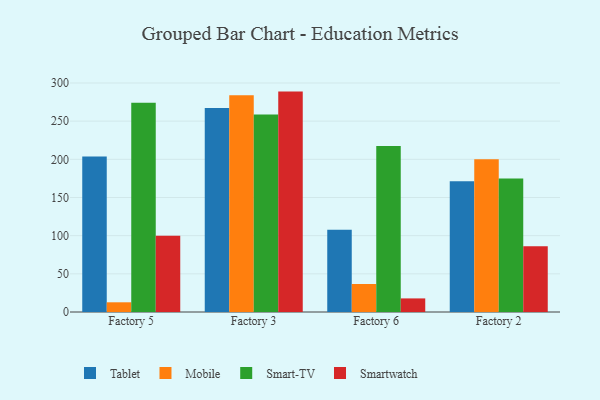
{"axis": {"x": "Factory", "y": "Shipments"}, "legend": ["Mobile", "Smart-TV", "Smartwatch", "Tablet"], "data": [{"x": "Factory 5", "y": 203.8, "type": "Tablet"}, {"x": "Factory 5", "y": 12.7, "type": "Mobile"}, {"x": "Factory 5", "y": 274.0, "type": "Smart-TV"}, {"x": "Factory 5", "y": 99.9, "type": "Smartwatch"}, {"x": "Factory 3", "y": 267.1, "type": "Tablet"}, {"x": "Factory 3", "y": 283.9, "type": "Mobile"}, {"x": "Factory 3", "y": 258.6, "type": "Smart-TV"}, {"x": "Factory 3", "y": 288.7, "type": "Smartwatch"}, {"x": "Factory 6", "y": 107.6, "type": "Tablet"}, {"x": "Factory 6", "y": 36.7, "type": "Mobile"}, {"x": "Factory 6", "y": 217.5, "type": "Smart-TV"}, {"x": "Factory 6", "y": 17.8, "type": "Smartwatch"}, {"x": "Factory 2", "y": 171.2, "type": "Tablet"}, {"x": "Factory 2", "y": 200.1, "type": "Mobile"}, {"x": "Factory 2", "y": 174.8, "type": "Smart-TV"}, {"x": "Factory 2", "y": 86.2, "type": "Smartwatch"}]}